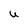
Character: u